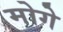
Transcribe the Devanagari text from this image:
मोगे